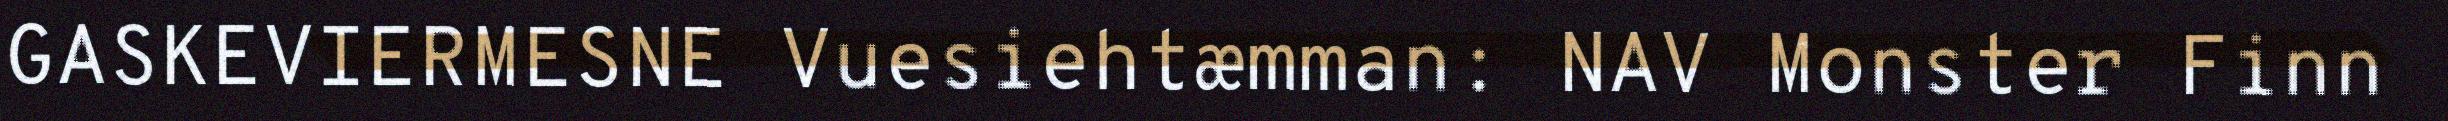
GASKEVIERMESNE Vuesiehtæmman: NAV Monster Finn